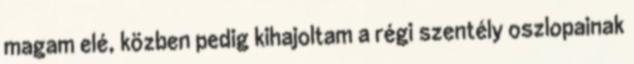
magam elé, közben pedig kihajoltam a régi szentély oszlopainak